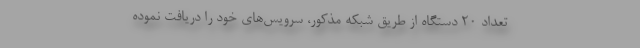
تعداد ۲۰ دستگاه از طریق شبکه مذکور، سرویس‌های خود را دریافت نموده